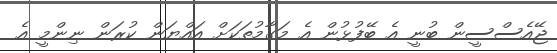
ޖޭއެސްސީން ބުނީ އެ ބޭފުޅުން އެ މަގާމުތަކަށް އައްޔަން ކުރަން ނިންމީ އެ